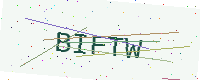
Text: BIFTW